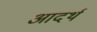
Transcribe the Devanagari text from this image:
आदर्थ